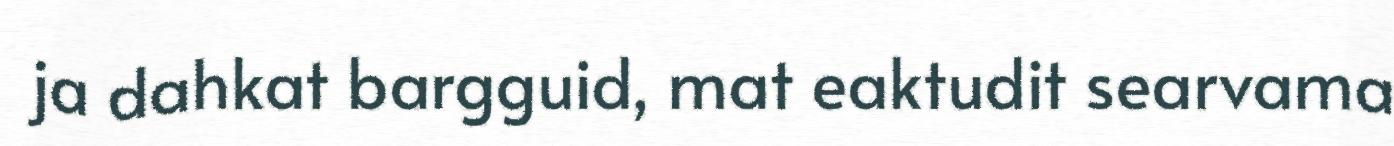
ja dahkat bargguid, mat eaktudit searvama